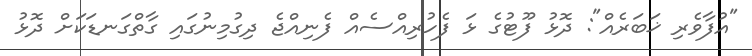
"އުފާވެރި ޚަބަރެއް": ދޮޅު ފޫޓުގެ ޅަ ފެހުރިއްސެއް ފެނިއްޖެ ދިގުމިނުގައި ގާތްގަނޑަކަށް ދޮޅު